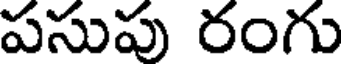
పసుపు రంగు